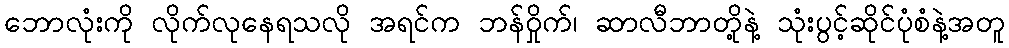
ဘောလုံးကို လိုက်လုနေရသလို အရင်က ဘန်ဝှိုက်၊ ဆာလီဘာတို့နဲ့ သုံးပွင့်ဆိုင်ပုံစံနဲ့အတူ